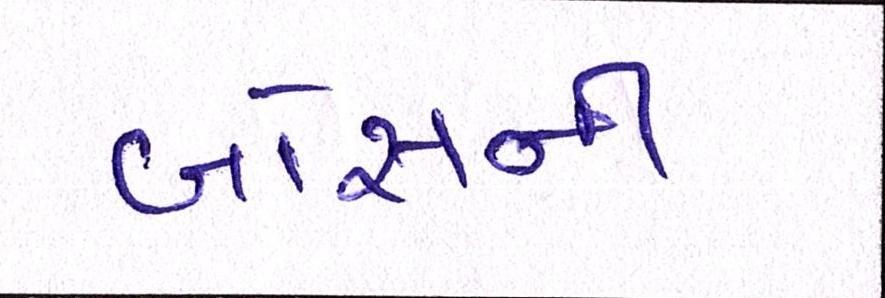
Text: બોસની